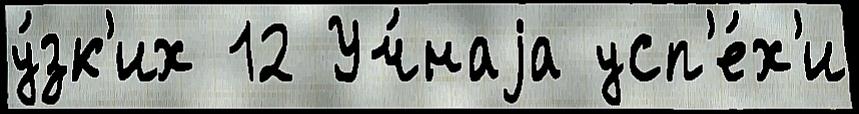
у́зк'их 12 Уч́наjа усп'е́х'и